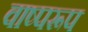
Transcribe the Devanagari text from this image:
वाष्परूप